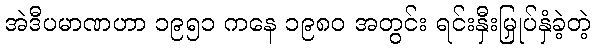
အဲဒီပမာဏဟာ ၁၉၅၁ ကနေ ၁၉၈၀ အတွင်း ရင်းနှီးမြှုပ်နှံခဲ့တဲ့